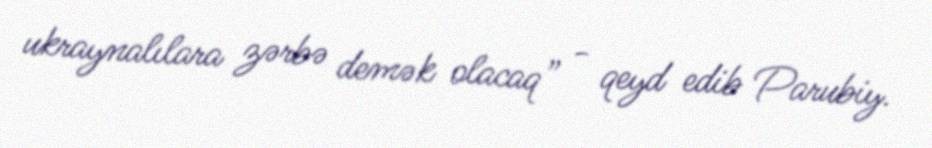
ukraynalılara zərbə demək olacaq” - qeyd edib Parubiy.